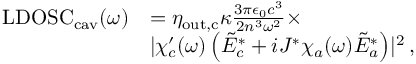
\begin{array} { r l } { \mathrm { L D O S C } _ { \mathrm { c a v } } ( \omega ) } & { = \eta _ { \mathrm { o u t , c } } \kappa \frac { 3 \pi \epsilon _ { 0 } c ^ { 3 } } { 2 n ^ { 3 } \omega ^ { 2 } } \times } \\ & { \lvert \chi _ { c } ^ { \prime } ( \omega ) \left( \tilde { E } _ { c } ^ { * } + i J ^ { * } \chi _ { a } ( \omega ) \tilde { E } _ { a } ^ { * } \right) \rvert ^ { 2 } \, , } \end{array}